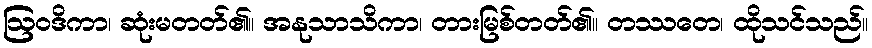
ဩဝဒိကာ၊ ဆုံးမတတ်၏။ အနုသာသိကာ၊ တားမြစ်တတ်၏။ တဿတေ၊ ထိုသင်သည်။